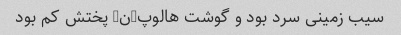
سیب زمینی سرد بود و گوشت هالوپ-ن- پختش کم بود